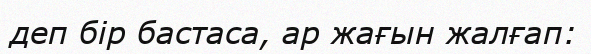
деп бір бастаса, ар жағын жалғап: